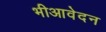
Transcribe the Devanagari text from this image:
भीआवेदन